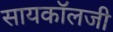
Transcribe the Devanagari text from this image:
सायकॉलजी